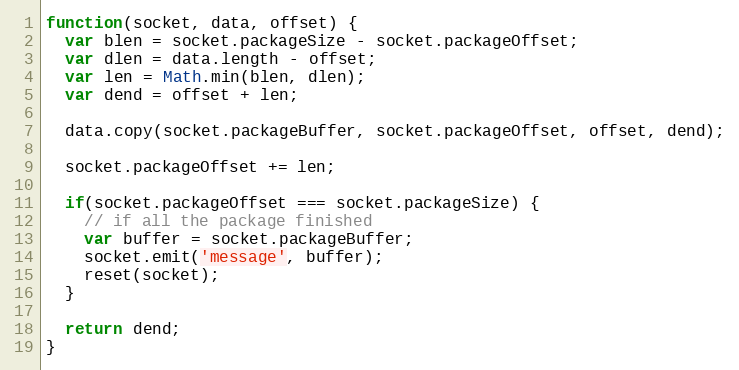
Language: JavaScript
function(socket, data, offset) {
  var blen = socket.packageSize - socket.packageOffset;
  var dlen = data.length - offset;
  var len = Math.min(blen, dlen);
  var dend = offset + len;

  data.copy(socket.packageBuffer, socket.packageOffset, offset, dend);

  socket.packageOffset += len;

  if(socket.packageOffset === socket.packageSize) {
    // if all the package finished
    var buffer = socket.packageBuffer;
    socket.emit('message', buffer);
    reset(socket);
  }

  return dend;
}